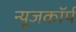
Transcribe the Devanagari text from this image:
न्यूजकॉर्प